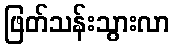
ဖြတ်သန်းသွားလာ